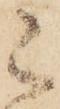
被